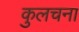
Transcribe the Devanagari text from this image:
कुलचना